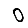
Digit: 0